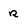
Character: r